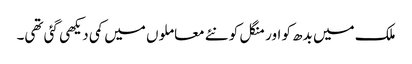
ملک میں بدھ کو اور منگل کو نئے معاملوں میں کمی دیکھی گئی تھی۔